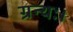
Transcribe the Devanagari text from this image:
ग्रन्थः।